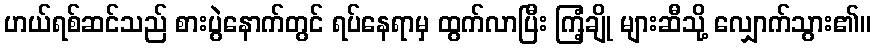
ဟယ်ရစ်ဆင်သည် စားပွဲနောက်တွင် ရပ်နေရာမှ ထွက်လာပြီး ကြံ့ချို များဆီသို့ လျှောက်သွား၏။